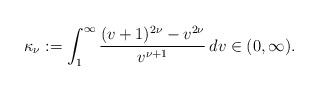
LaTeX: \begin{align*} \kappa _{\nu } :=\int _{1}^{\infty }\frac{(v+1)^{2\nu }-v^{2\nu }}{v^{\nu +1}}\,dv \in (0,\infty ). \end{align*}